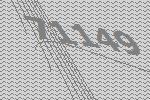
71149